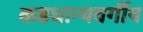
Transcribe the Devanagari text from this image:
कडधान्यवर्गीय